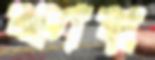
কার